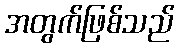
အတွက်ဖြစ်သည်